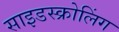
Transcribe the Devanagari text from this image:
साइडस्क्रोलिंग